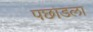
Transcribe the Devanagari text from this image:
पछाडला